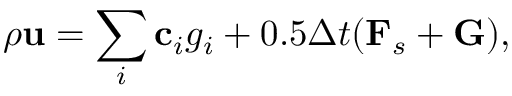
\rho \mathbf { u } = \sum _ { i } \mathbf { c } _ { i } g _ { i } + 0 . 5 \Delta t ( \mathbf { F } _ { s } + \bf { G } ) ,